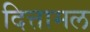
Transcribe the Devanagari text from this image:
दित्तामल